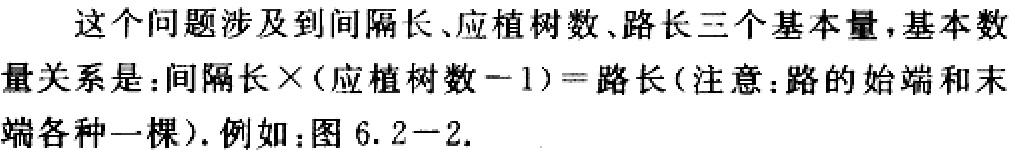
这个问题涉及到间隔长、应植树数、路长三个基本量，基本数量关系是：间隔长×(应植树数－1)=路长(注意：路的始端和末端各种一棵).例如：图6.2－2.